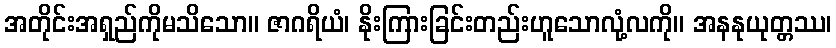
အတိုင်းအရှည်ကိုမသိသော။ ဇာဂရိယံ၊ နိုးကြားခြင်းတည်းဟူသောလုံ့လကို။ အနနုယုတ္တဿ၊